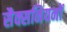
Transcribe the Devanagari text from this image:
सैक्सनियनों